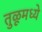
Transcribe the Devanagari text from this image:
तुळूमध्ये